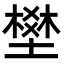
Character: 𡑀